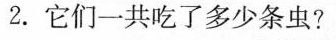
2.它们一共吃了多少条虫?